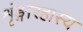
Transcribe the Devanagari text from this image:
शृंङ्गारहास्य